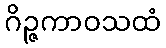
ဂိဉ္ဇကာဝသထံ